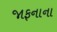
જાફનાના